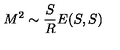
M ^ { 2 } \sim \frac { S } { R } E ( S , S )